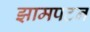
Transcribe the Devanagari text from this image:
झामपटन